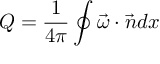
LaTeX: Q = \frac { 1 } { 4 \pi } \oint \vec { \omega } \cdot \vec { n } d x